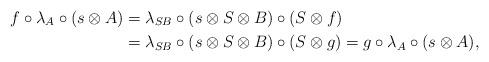
LaTeX: \begin{align*} f \circ \lambda_A \circ (s \otimes A) & = \lambda_{SB} \circ (s \otimes S \otimes B) \circ (S \otimes f) \\ & = \lambda_{SB} \circ (s \otimes S \otimes B) \circ (S \otimes g) = g \circ \lambda_A \circ (s \otimes A)\text, \end{align*}